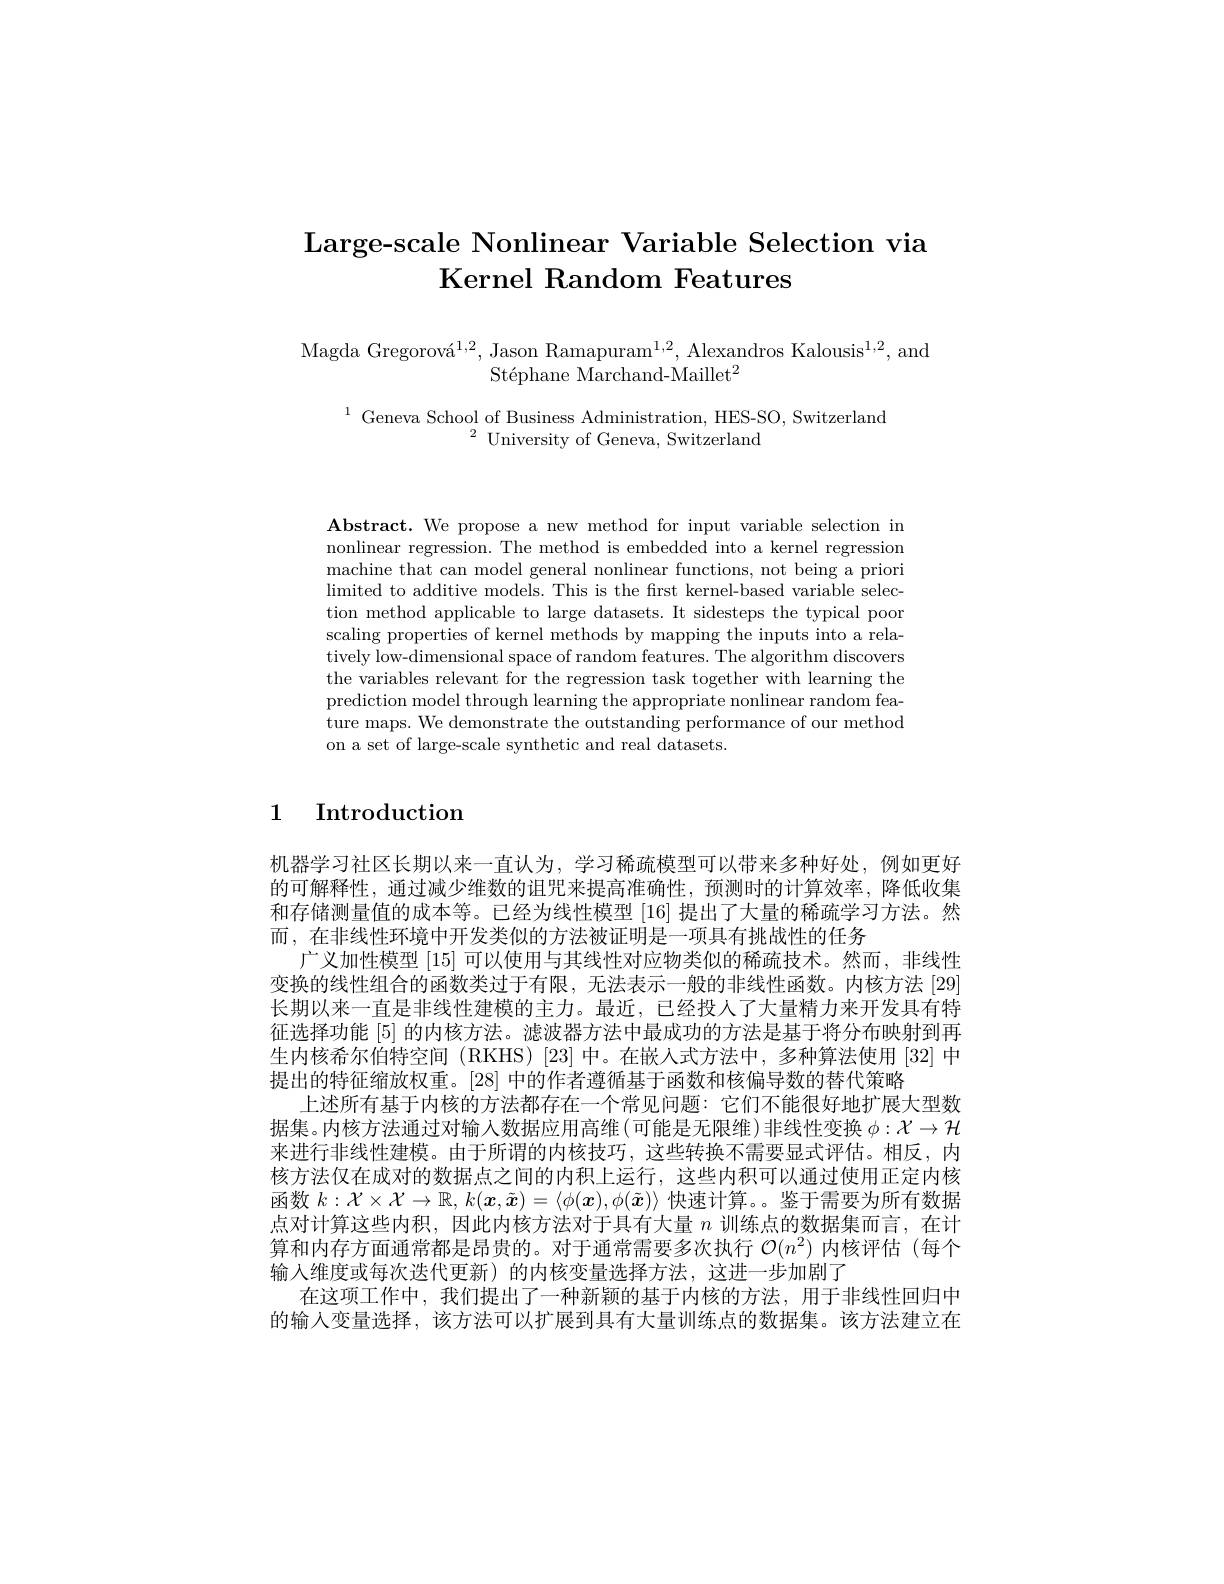
# Large-scale Nonlinear Variable Selection via Kernel Random Features

Magda Gregorová$^1,2$, Jason Ramapuram$^1,2$, Alexandros Kalousis$^1,2$, and
Stéphane Marchand-Maillet$^2$

$^{1}$Geneva School of Business Administration, HES- SO, SwitzerlandUniversity of Geneva, Switzerland

$\mathbf{Abstract.~We~propose~a~new~method~for~input~variable~selection~in}$ nonlinear regression. The method is embedded into a kernel regression machine that can model general nonlinear functions, not being a priori $l$imited to additive models. This is the first kernel-based variable selection method applicable to large datasets. It sidesteps the typical poor scaling properties of kernel methods by mapping the inputs into a relatively low-dimensional space of random features. The algorithm discovers the variables relevant for the regression task together with learning the prediction model through learning the appropriate nonlinear random feature maps. We demonstrate the outstanding performance of our method on a set of large-scale synthetic and real datasets.

1 Introduction

机器学习社区长期以来一直认为，学习稀疏模型可以带来多种好处，例如更好的可解释性，通过减少维数的诅咒来提高准确性，预测时的计算效率，降低收集和存储测量值的成本等。已经为线性模型 [16] 提出了大量的稀疏学习方法。然而，在非线性环境中开发类似的方法被证明是一项具有挑战性的任务
广义加性模型|15|可以使用与其线性对应物类似的稀疏技术。然而，非线性变换的线性组合的函数类过于有限，无法表示一般的非线性函数。内核方法 [29] 长期以来一直是非线性建模的主力。最近，已经投人了大量精力来开发具有特征选择功能[5]的内核方法。滤波器方法中最成功的方法是基于将分布映射到再生内核希尔伯特空间 (RKHS) [23] 中。在嵌人式方法中，多种算法使用 [32] 中提出的特征缩放权重。[28]中的作者遵循基于函数和核偏导数的替代策略
上述所有基于内核的方法都存在一个常见问题：它们不能很好地扩展大型数据集。内核方法通过对输入数据应用高维(可能是无限维)非线性变换$\phi:\mathcal{X}\to\mathcal{H}$ 来进行非线性建模。由于所谓的内核技巧，这些转换不需要显式评估。相反，内核方法仅在成对的数据点之间的内积上运行，这些内积可以通过使用正定内核函数$k: \mathcal{X} \times \mathcal{X} \to \mathbb{R} $, $k( \boldsymbol{x}, \tilde{\boldsymbol{x}} ) = \langle \phi ( \boldsymbol{x}) , \phi ( \tilde{\boldsymbol{x}} ) \rangle$快速计算。。鉴于需要为所有数据点对计算这些内积，因此内核方法对于具有大量$n$训练点的数据集而言，在计算和内存方面通常都是昂贵的。对于通常需要多次执行$\mathcal{O}(n^2)$内核评估 (每个输入维度或每次迭代更新)的内核变量选择方法，这进一步加剧了
在这项工作中，我们提出了一种新颖的基于内核的方法，用于非线性回归中的输入变量选择，该方法可以扩展到具有大量训练点的数据集。该方法建立在